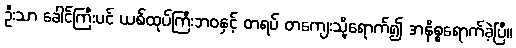
ဦးသာ ခေါင်ကြီးပင် ယစ်ထုပ်ကြီးဘဝနှင့် တရပ် တကျေးသို့ရောက်၍ အနိစ္စရောက်ခဲ့ပြီ။